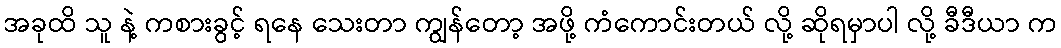
အခုထိ သူ နဲ့ ကစားခွင့် ရနေ သေးတာ ကျွန်တော့ အဖို့ ကံကောင်းတယ် လို့ ဆိုရမှာပါ လို့ ခီဒီယာ က